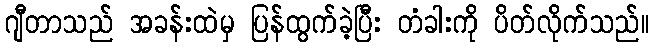
ဂျီတာသည် အခန်းထဲမှ ပြန်ထွက်ခဲ့ပြီး တံခါးကို ပိတ်လိုက်သည်။